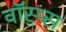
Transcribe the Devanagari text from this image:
वॉस्प्स